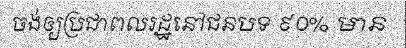
ចង់ឲ្យប្រជាពលរដ្ឋនៅជនបទ ៩០% មាន